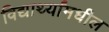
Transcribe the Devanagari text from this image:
विद्यार्थ्यांमधील